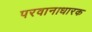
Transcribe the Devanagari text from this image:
परवानाधारक